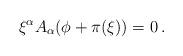
LaTeX: \begin{align*}\xi^\alpha A_\alpha(\phi + \pi(\xi)) = 0 \, .\end{align*}